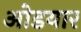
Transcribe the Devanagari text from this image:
ओडयार